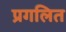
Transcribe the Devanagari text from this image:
प्रगलित